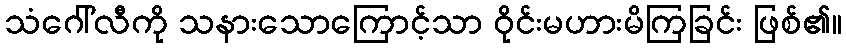
သံဂေါ်လီကို သနားသောကြောင့်သာ ဝိုင်းမဟားမိကြခြင်း ဖြစ်၏။